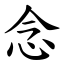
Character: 念